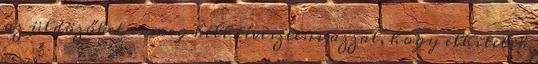
az üldözőket is meg kell téveszteni azzal, hogy elhitetik